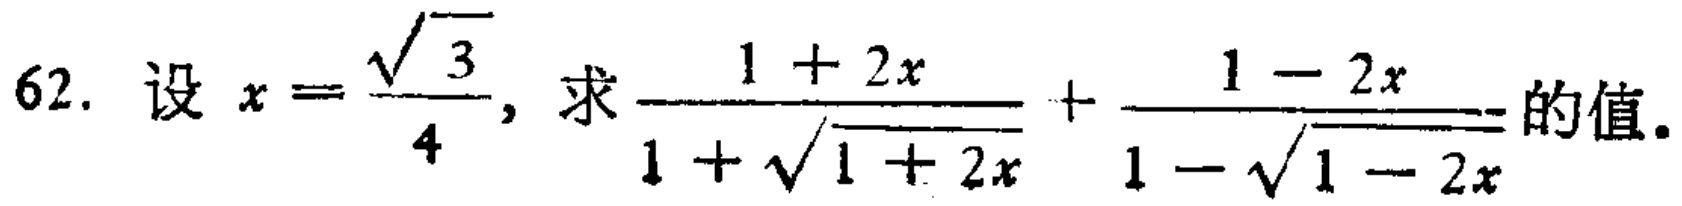
62. 设 \(x = \frac{\sqrt{3}}{4}\)，求 \(\frac{1 + 2x}{1 + \sqrt{1 + 2x}} + \frac{1 - 2x}{1 - \sqrt{1 - 2x}}\) 的值。